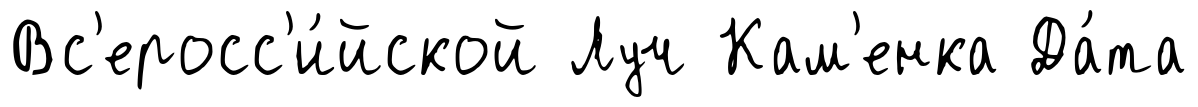
Вс'еросс'и́йской Луч Кам'енка Да́та